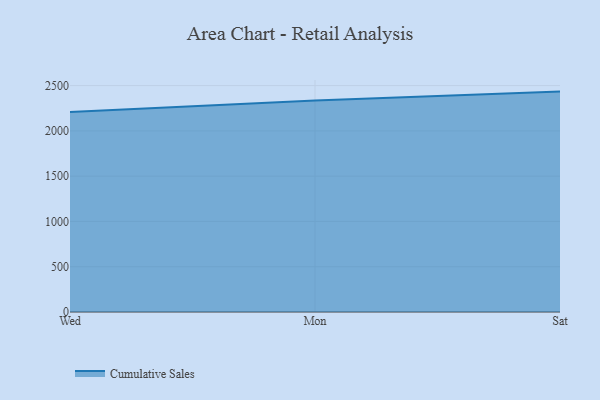
{"axis": {"x": "Day", "y": "Population (Million)"}, "legend": ["Cumulative Sales"], "data": [{"x": "Wed", "y": 2207.1, "type": "Cumulative Sales"}, {"x": "Mon", "y": 2335.0, "type": "Cumulative Sales"}, {"x": "Sat", "y": 2433.7, "type": "Cumulative Sales"}]}